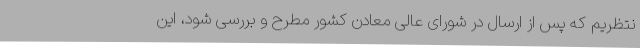
نتظریم که پس از ارسال در شورای عالی معادن کشور مطرح و بررسی شود، این